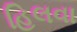
હિલવા